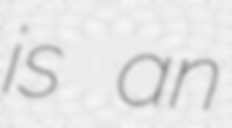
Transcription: is an